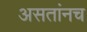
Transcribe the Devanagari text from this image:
असतांनच